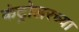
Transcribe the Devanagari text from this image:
कंट्रोलरच्या